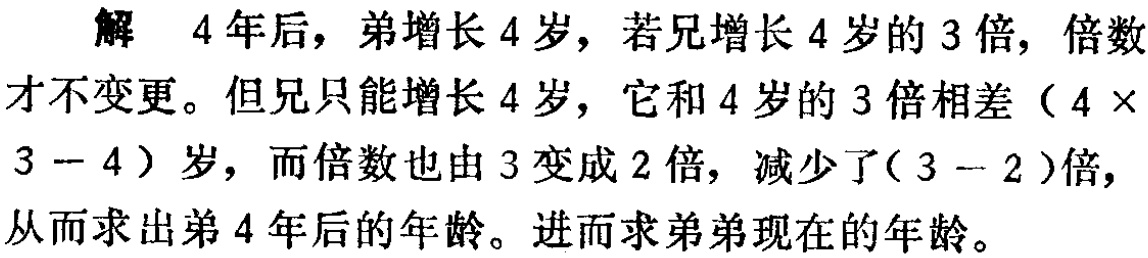
解 4 年后，弟增长 4 岁，若兄增长 4 岁的 3 倍，倍数

才不变更。但兄只能增长 4 岁，它和 4 岁的 3 倍相差（4 \times

3 - 4）岁，而倍数也由 3 变成 2 倍，减少了( 3 - 2 )倍，

从而求出弟 4 年后的年龄。进而求弟弟现在的年龄。